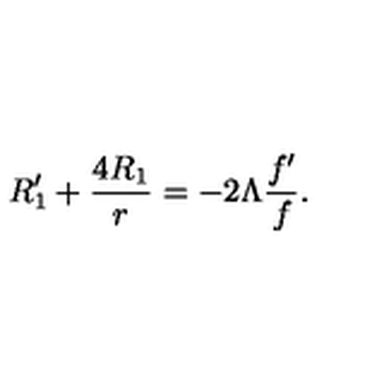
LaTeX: R _ { 1 } ^ { \prime } + \frac { 4 R _ { 1 } } { r } = - 2 \Lambda \frac { f ^ { \prime } } { f } .